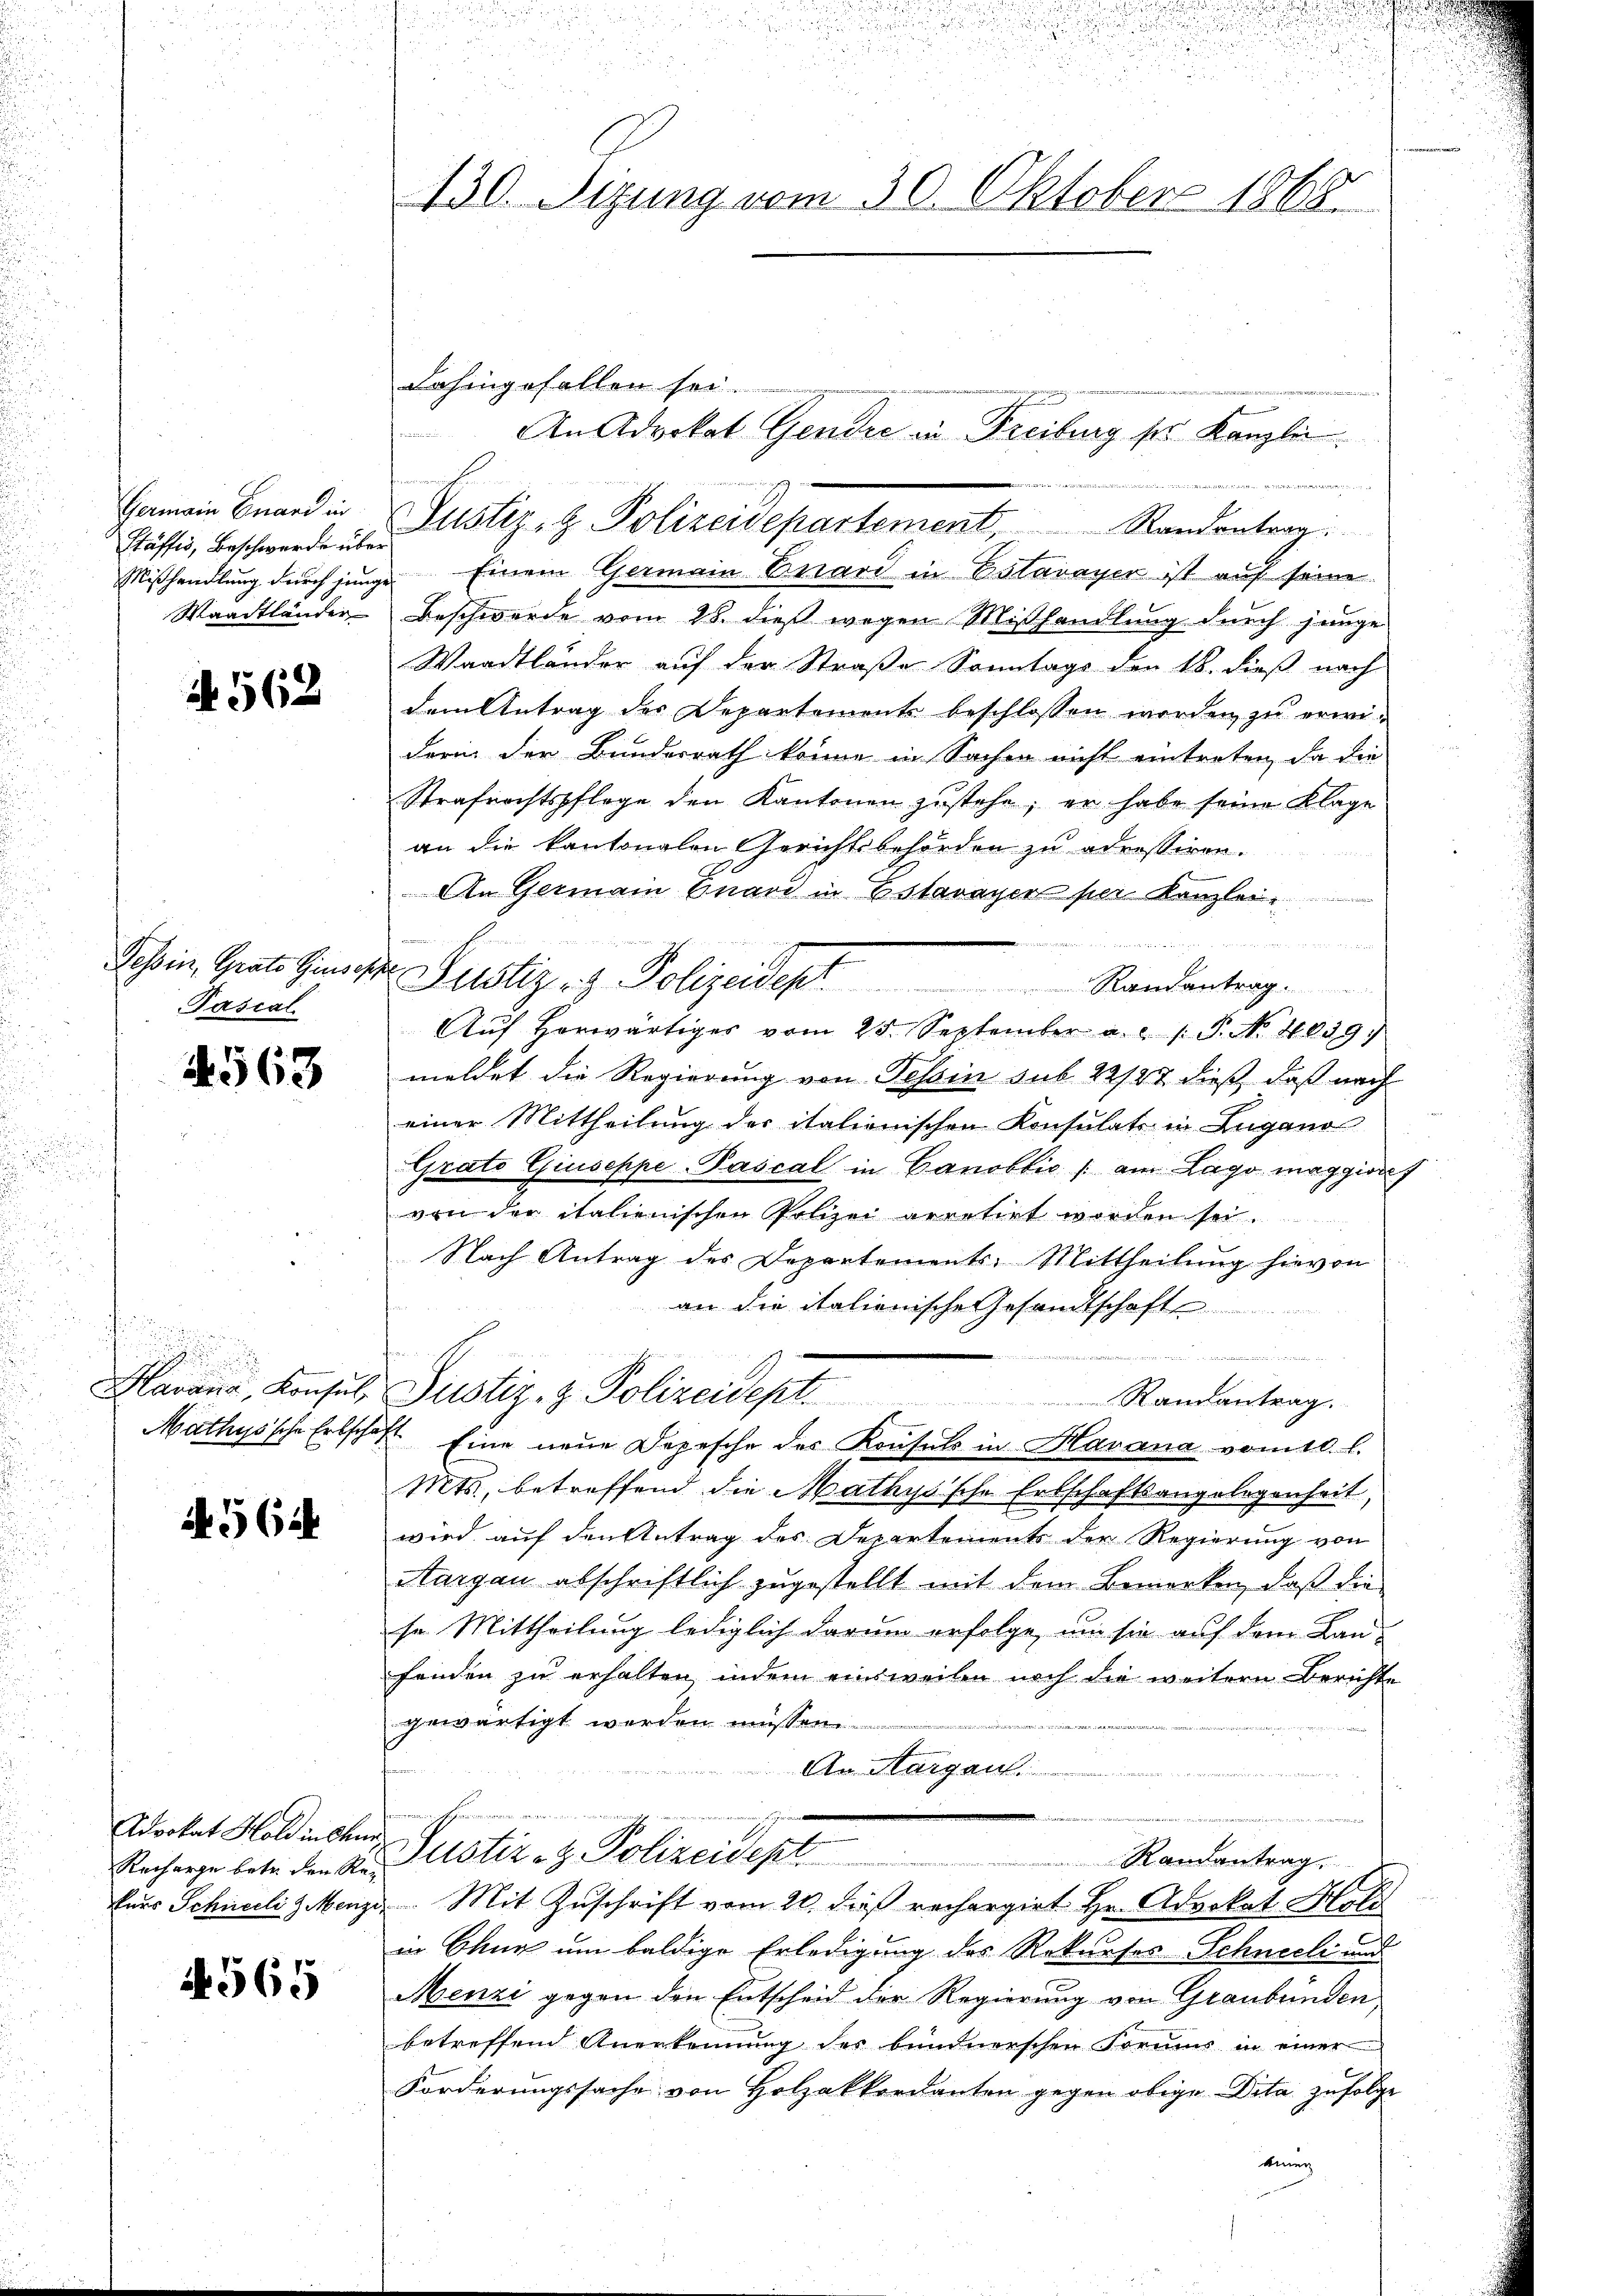
Germain Gnard in
Häfsis, Beschwerde über
Waadtländer

N 562

Tessin, Grato Giusep
Pasial

4563

hun

Havana, Konsul

N 56

Advokat Hold in Chur
Recharge betr. den Rekurs Schneelis Menzi

N 565

n
430. Sizung vom 30. Oktober 1868

dahingefallen sei.
Ainsieder er die die und und 12
Justiz- & Polizeidepartement, Randentrag.
Mißhandlung durch junge Einem Germain Euard in Estavayer ist auf seine
Beschwerde vom 28. dieß wegen Mißhandlung durch junge
Waadtländer auf der Straße Sonntags den 16. dieß nach
dem Antrag des Departement beschlossen werden zu erwiderin der Bundesrath könne in Sachen nicht eintreten, da die
Strafrechtspflege den Kantonen zustehe; er habe seine Klage
an die kantonalen Gerichtsbehörden zu adressiren.
An Germain Einard in Estavayer per Kanzlei
 edeleitet wer
 18 d. d. 24 des Meinungen
Aŭf Horwärtiges vom 25. September a. .. ..  P. No 1059.
meldet die Regierung von Tessin sub 22127 dieß, daß nach
einer Mittheilung des italionischen Konsulats in Zugano
Grato Giuseppe-Pascal in Canoblic / am Lago maggior
von der italienischen Polizei arretirt worden sei.
Nach Antrag des Departements-Mittheilung hievon
an die italienische Gesandtschaft
Justiz- & Polizeidept. Randantrag.
Mathysische Erbschäft Eine neŭe Depesche des Konsuls in Havana vom 10. l.
Mts., betreffend die Mathysische Erbschaftsangelegenheit,
wird auf den Antrag des Departements der Regierung von
Aargau abschriftlich zugestellt mit dem Bemerken, daß die
se Mittheilung lediglich darum erfolge, um sie auf dem Lanfenden zu erhalten, indem einsweilen noch die weitern Berichte
gewärtigt werden müssen
An Aargau.
ehschnen wir
u Justiz- & Polizeidept.
Randantrag.
. Mit Zuschrift vom 20. dieß rechargirt Hr. Advokat Holz
in Chur um baldige Erledigung des Rekurses Schneeli und
Menzi gegen den Entscheid der Regierung von Graubünden,
betreffend Anerkennung des bundnerschen Formus in einer
Forderungssache von Holzakkordanten gegen obige Deta zufolge
kiney

An Advokat Gender in Freiburg ser Kanzlei.

der Justiz- & Polizeides Standentrag